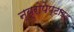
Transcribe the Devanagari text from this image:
न्यूरोपेप्टाइड